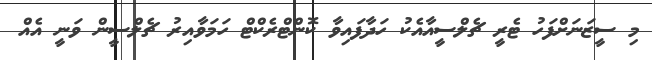
މި ސީޒަނަށްފަހު ޓެރީ ޗެލްސީއާއެކު ހަދާފައިވާ ކޮންޓްރެކްޓް ހަމަވާއިރު ޗެލްސީން ވަނީ އެއް